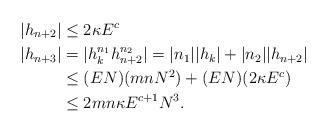
LaTeX: \begin{align*}|h_{n+2}| &\leq 2\kappa E^{c} \\|h_{n+3}| &= |h_k^{n_1}h_{n+2}^{n_2}| = |n_1||h_k| + |n_2| |h_{n+2}| \\&\leq (EN)(mnN^{2})+(EN)(2\kappa E^{c}) \\&\leq 2mn\kappa E^{c+1}N^{3}.\end{align*}